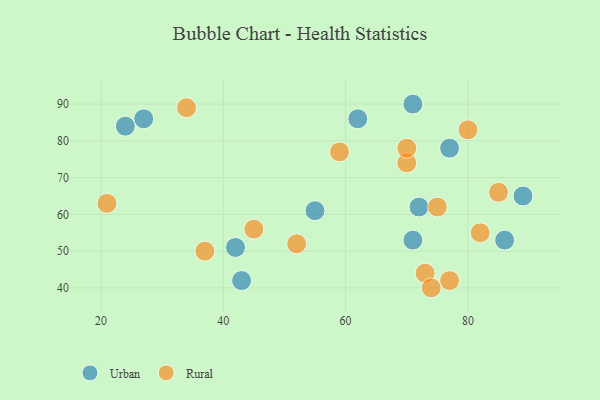
{"axis": {"x": "GDP", "y": "Life Expectancy"}, "legend": ["Rural", "Urban"], "data": [{"x": "43", "y": 42, "type": "Urban"}, {"x": "71", "y": 53, "type": "Urban"}, {"x": "77", "y": 78, "type": "Urban"}, {"x": "86", "y": 53, "type": "Urban"}, {"x": "24", "y": 84, "type": "Urban"}, {"x": "55", "y": 61, "type": "Urban"}, {"x": "89", "y": 65, "type": "Urban"}, {"x": "42", "y": 51, "type": "Urban"}, {"x": "27", "y": 86, "type": "Urban"}, {"x": "62", "y": 86, "type": "Urban"}, {"x": "72", "y": 62, "type": "Urban"}, {"x": "71", "y": 90, "type": "Urban"}, {"x": "73", "y": 44, "type": "Rural"}, {"x": "21", "y": 63, "type": "Rural"}, {"x": "59", "y": 77, "type": "Rural"}, {"x": "45", "y": 56, "type": "Rural"}, {"x": "80", "y": 83, "type": "Rural"}, {"x": "70", "y": 74, "type": "Rural"}, {"x": "75", "y": 62, "type": "Rural"}, {"x": "70", "y": 78, "type": "Rural"}, {"x": "77", "y": 42, "type": "Rural"}, {"x": "37", "y": 50, "type": "Rural"}, {"x": "52", "y": 52, "type": "Rural"}, {"x": "82", "y": 55, "type": "Rural"}, {"x": "74", "y": 40, "type": "Rural"}, {"x": "34", "y": 89, "type": "Rural"}, {"x": "85", "y": 66, "type": "Rural"}]}